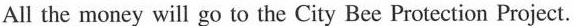
All the money will go to the City Bee Protection Project.